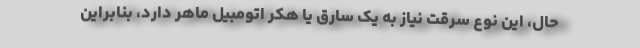
حال، این نوع سرقت نیاز به یک سارق یا هکر اتومبیل ماهر دارد، بنابراین